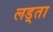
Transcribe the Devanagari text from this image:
लड़्ता